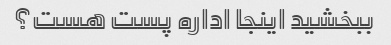
ببخشید اینجا اداره پست هست؟